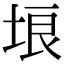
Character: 埌